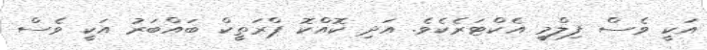
އަކީ ވެސް ފިލްމީ އެކްޓަރެކެވެ. އަދި ކޮއްކޮ ޕްރަތީކް ބައްބަރު އަކީ ވެސް